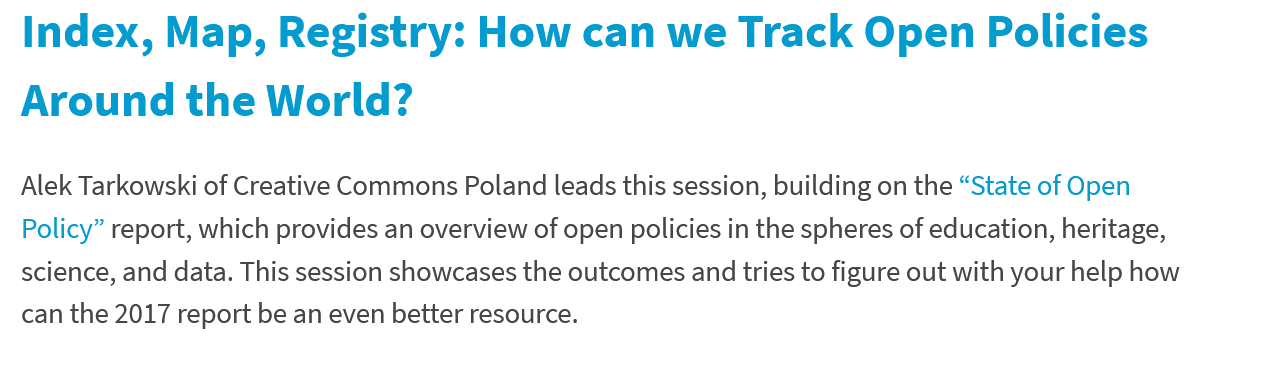
Index,    Map,    Registry:    How    can    we Track    Open    Policies
  Around    the    World?
  Alek Tarkowski of Creative Commons Poland leads this session, building on the “State of Open
  Policy” report, which provides an overview of open policies in the spheres of education, heritage,
  science, and data. This session showcases the outcomes and tries to figure out with your help how
  can the 2017 report be an even better resource.